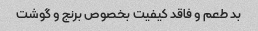
بد طعم و فاقد کیفیت بخصوص برنج و گوشت